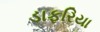
ડાફરિયા